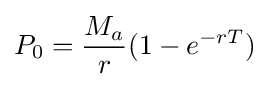
P_{0}={\frac {M_{a}}{r}}(1-e^{-rT})